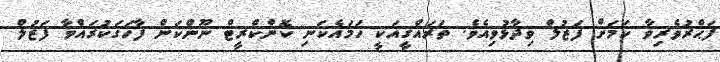
ފަޙްރުވެރިވާ ކަމަށް ފަޒުލް ވިދާޅުވިއެވެ. ތަރައްޤީއަކީ ހަމައެކަނި ކޮންކްރީޓް ނޫންކަން ފާހަގަކުރައްވާ ފަޒުލް